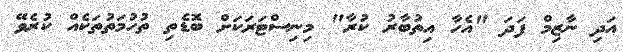
އަދި ނާޒިމް ފަދަ "އެހާ އިތުބާރު ކުރާ" މިނިސްޓަރަކަށް ބޮޑެތި ތުހުމަތުތަކެއް ކުރެވޭ